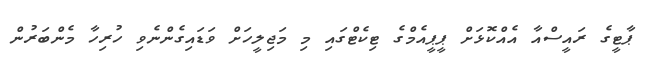
ޕާޓީގެ ރައީސްއާ އެއްކޮޅަށް ޕީޕީއެމްގެ ޓިކެޓްގައި މި މަޖިލީހަށް ވަޑައިގެންނެވި ހުރިހާ މެންބަރުން